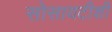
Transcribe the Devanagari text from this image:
सोसायटीशी